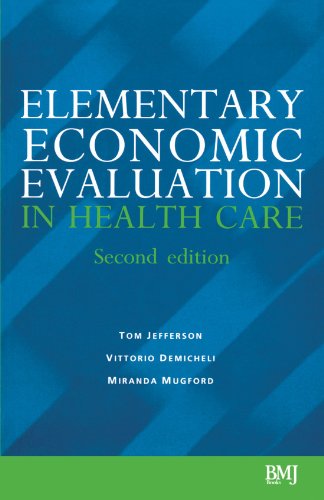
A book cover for Elementary Economic Evaluation in Health Care; Tom Jefferson; Medical Books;